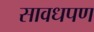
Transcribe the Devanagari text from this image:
सावधपण